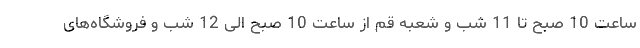
ساعت 10 صبح تا 11 شب و شعبه قم از ساعت 10 صبح الی 12 شب و فروشگاه‌های